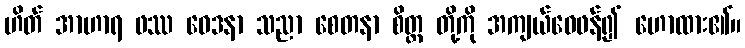
ဟိတ် အာဟာရ ဖဿ ဝေဒနာ သညာ စေတနာ စိတ္တ တို့ကို အကျယ်ဝေဖန်၍ ဟောထား၏။